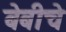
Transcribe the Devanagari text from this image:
बेबीचे